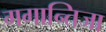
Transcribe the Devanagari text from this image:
गगान्तिजा